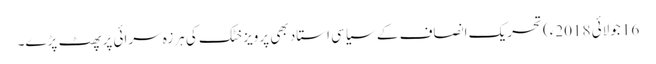
16 جولائی 2018ء) تحریک انصاف کے سیاسی استاد بھی پرویز خٹک کی ہرزہ سرائی پر پھٹ پڑے۔